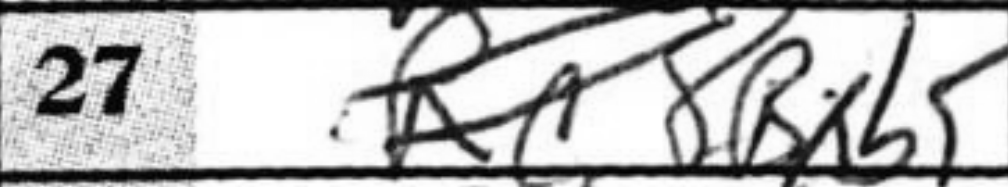
Transcription: Bxb5